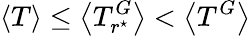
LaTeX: \left<T\right>\leq\left<T_{r^{\star}}^{G}\right><\left<T^{G}\right>